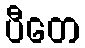
ပီတေ